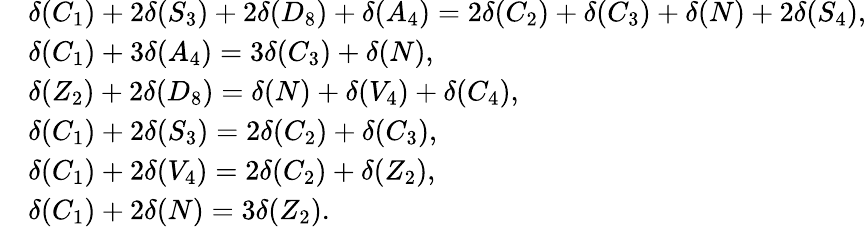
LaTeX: \begin{array}{rl}&{\delta(C_{1})+2\delta(S_{3})+2\delta(D_{8})+\delta(A_{4})=2\delta(C_{2})+\delta(C_{3})+\delta(N)+2\delta(S_{4}),}\\ &{\delta(C_{1})+3\delta(A_{4})=3\delta(C_{3})+\delta(N),}\\ &{\delta(Z_{2})+2\delta(D_{8})=\delta(N)+\delta(V_{4})+\delta(C_{4}),}\\ &{\delta(C_{1})+2\delta(S_{3})=2\delta(C_{2})+\delta(C_{3}),}\\ &{\delta(C_{1})+2\delta(V_{4})=2\delta(C_{2})+\delta(Z_{2}),}\\ &{\delta(C_{1})+2\delta(N)=3\delta(Z_{2}).}\end{array}